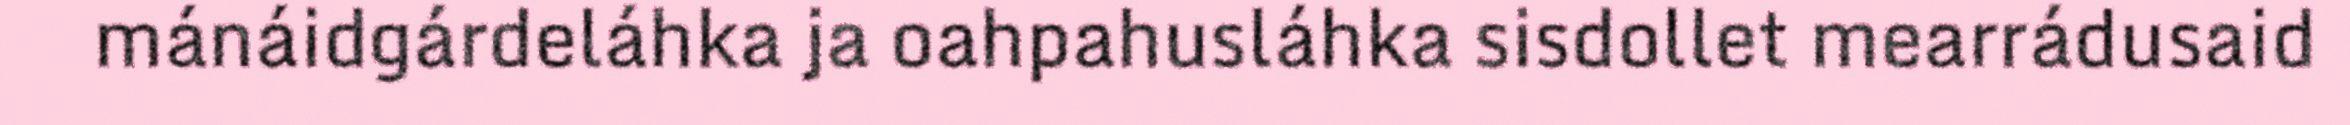
mánáidgárdeláhka ja oahpahusláhka sisdollet mearrádusaid